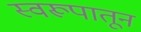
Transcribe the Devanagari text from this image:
स्वरूपातून